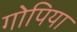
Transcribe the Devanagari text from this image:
गोपिया